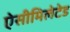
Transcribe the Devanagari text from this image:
ऐसीमिलेटेड